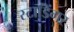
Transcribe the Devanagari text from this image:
स्टाडिंगर